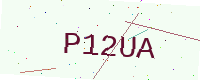
Text: P12UA